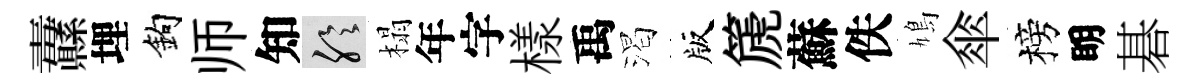
纛埋鈎师知聆榻年字樣禹渴版篪蘇佚鳩傘榜眀碁